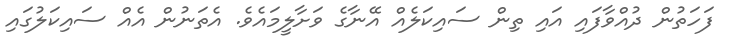
ފަހަތުން ދުއްވާފައި އައި ތިން ސައިކަލެއް އޭނާގެ ވަށާލީމައެވެ. އެތަނުން އެއް ސައިކަލުގައި